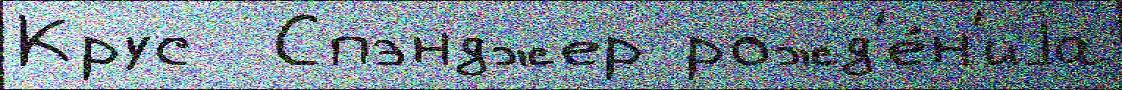
Крус  Спэнджер рожд'е́н'иjа